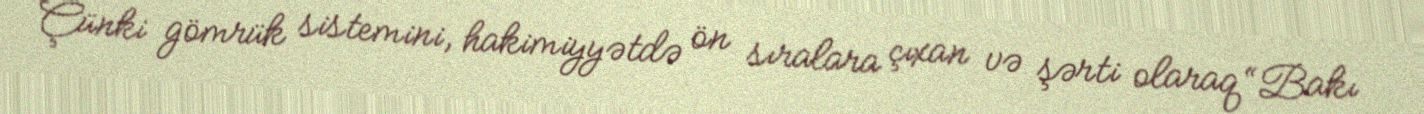
Çünki gömrük sistemini, hakimiyyətdə ön sıralara çıxan və şərti olaraq “Bakı